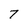
Character: 7